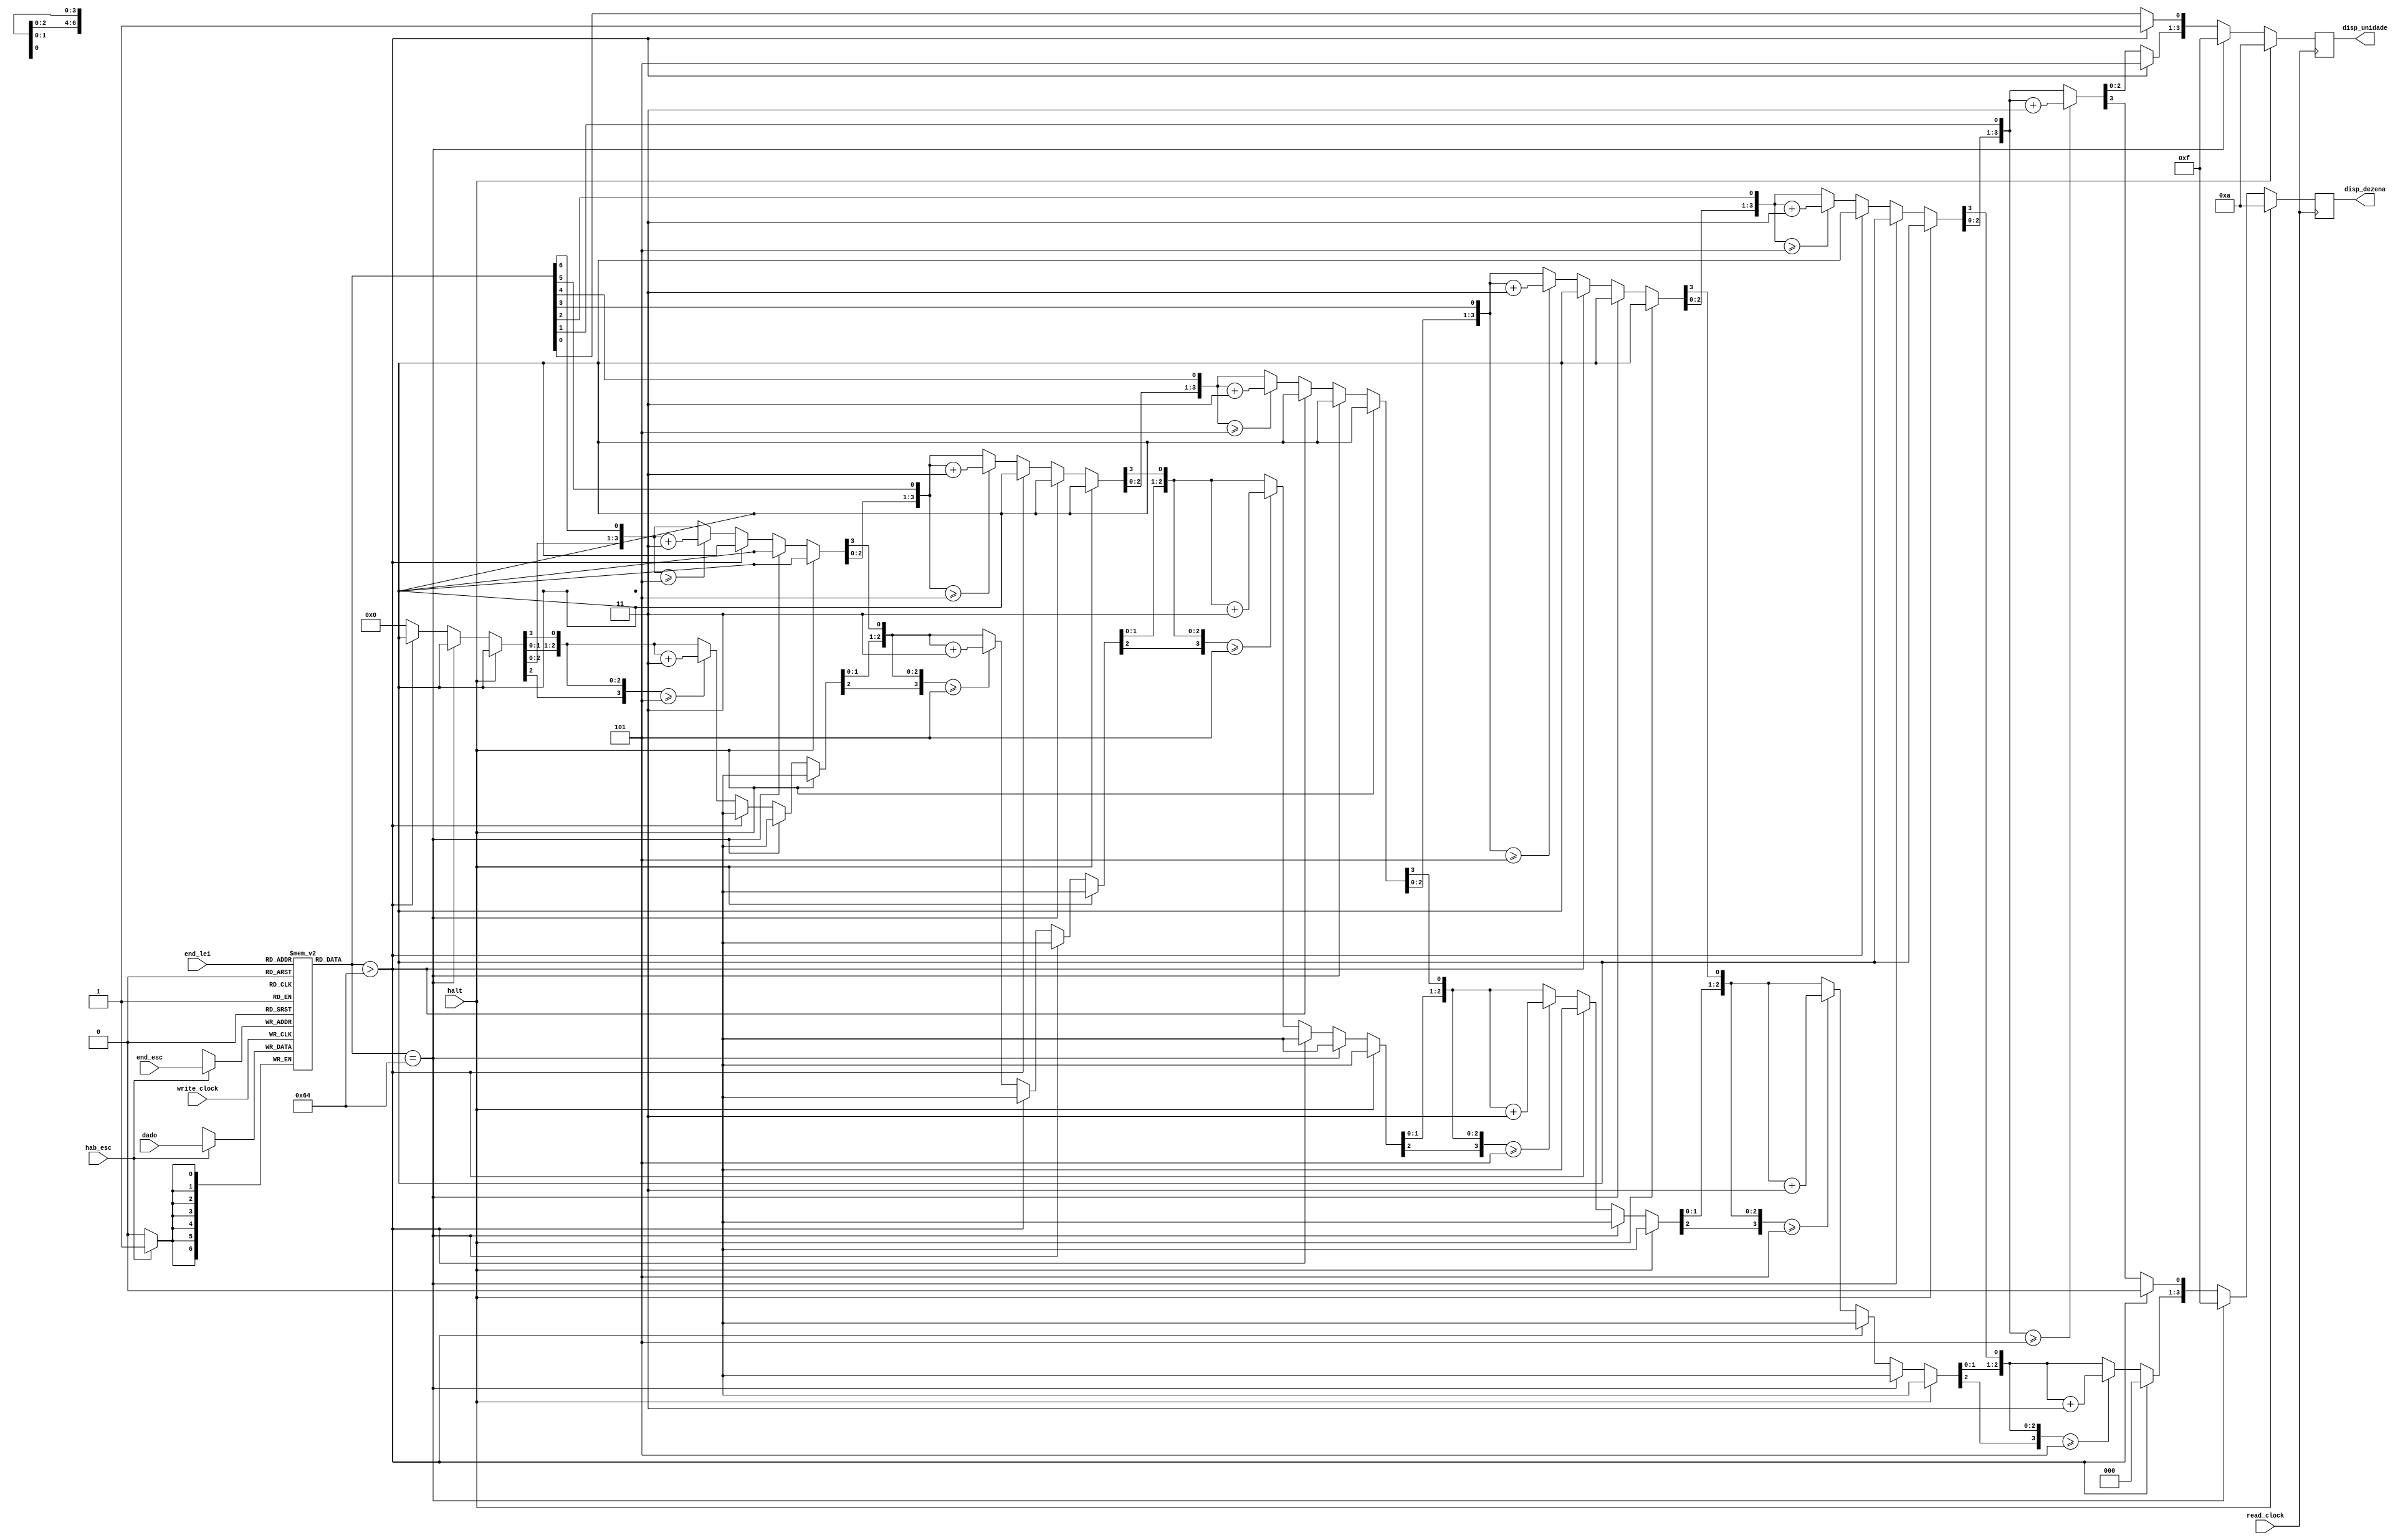
module buffer_saida_disp

// por enquanto ADDR_WIDTH = 2, por ser um para cada d7s
// depois aumentar para incluir LCD

#(parameter DATA_WIDTH=7, parameter ADDR_WIDTH=2)
(
	input [(DATA_WIDTH-1):0] dado,
	input [(ADDR_WIDTH-1):0] end_lei, end_esc,
	input hab_esc, read_clock, write_clock, halt,
	output reg [3:0] disp_dezena,
	output reg [3:0] disp_unidade
);
	
	// Declara o buffer de sada
	reg [DATA_WIDTH-1:0] buffer[2**ADDR_WIDTH-1:0];
	
	always @ (posedge write_clock)
	begin
		// Escrita
		if(hab_esc)
			buffer[end_esc] <= dado;
	end
	
	integer i;
	always @ (posedge read_clock)
	begin
		// Leitura
		
		if (halt == 1) 
		begin
			disp_unidade <= 4'b1010; // trao
			disp_dezena <= 4'b1010; // trao
		end
		else if(buffer[end_lei] == 100)
		begin
			disp_unidade <= 4'b1111;// apagado
			disp_dezena <= 4'b1111; // apagado
		end
		else if(buffer[end_lei] > 100)
		begin
			disp_dezena <= 4'b0000; // O
			disp_unidade<= 4'b1011; // F   -> Overflow
		end
		else
		begin
			
			disp_unidade = 0;
			disp_dezena = 0;
			
			for( i=6; i>=0; i=i-1 ) begin
					
				if( disp_dezena >= 5 )
					disp_dezena = disp_dezena + 3;
					
				if( disp_unidade >= 5 )
					disp_unidade = disp_unidade + 3;

				disp_dezena = disp_dezena << 1;
				disp_dezena[0] = disp_unidade[3];
				disp_unidade = disp_unidade << 1;
				disp_unidade[0] = buffer[end_lei][i];
			end
			
		end
	end
	
endmodule